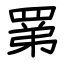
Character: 罤